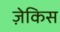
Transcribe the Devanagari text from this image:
ज़ेकिस